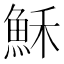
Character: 穌